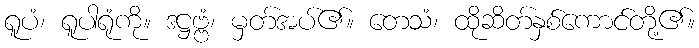
ရူပံ၊ ရူပါရုံကို။ ဒဋ္ဌဗ္ဗံ၊ မှတ်အပ်၏။ တေသံ၊ ထိုဆိတ်နှစ်ကောင်တို့၏။